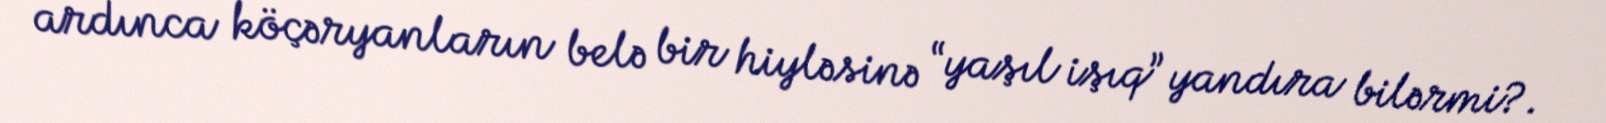
ardınca köçəryanların belə bir hiyləsinə “yaşıl işıq” yandıra bilərmi?.